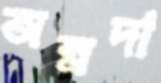
অন্নদা